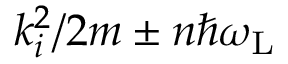
k _ { i } ^ { 2 } / 2 m \pm n \hbar \omega _ { \mathrm { L } }